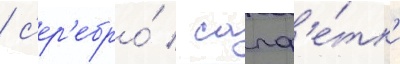
/ с'ер'ебро́ / салф'е́тк'и